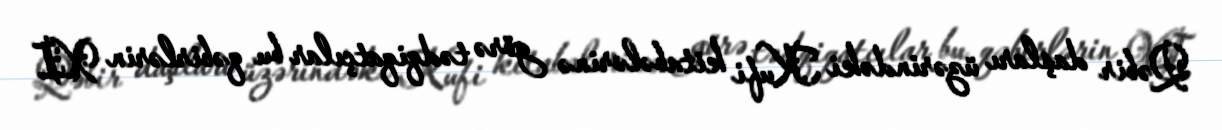
Qəbir daşları üzərindəki Kufi kitabələrinə görə tədqiqatçılar bu qəbirlərin XI